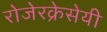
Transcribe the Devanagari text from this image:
रोजेरक्रेसेयी